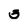
Character: 3